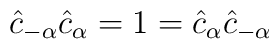
\hat{c}_{-\alpha}\hat{c}_{\alpha} = 1 = \hat{c}_{\alpha}\hat{c}_{-\alpha}